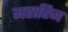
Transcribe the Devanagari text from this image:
महारिज